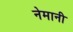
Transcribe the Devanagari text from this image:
नेमानी